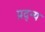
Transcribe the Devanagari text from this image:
प्रद्न्य